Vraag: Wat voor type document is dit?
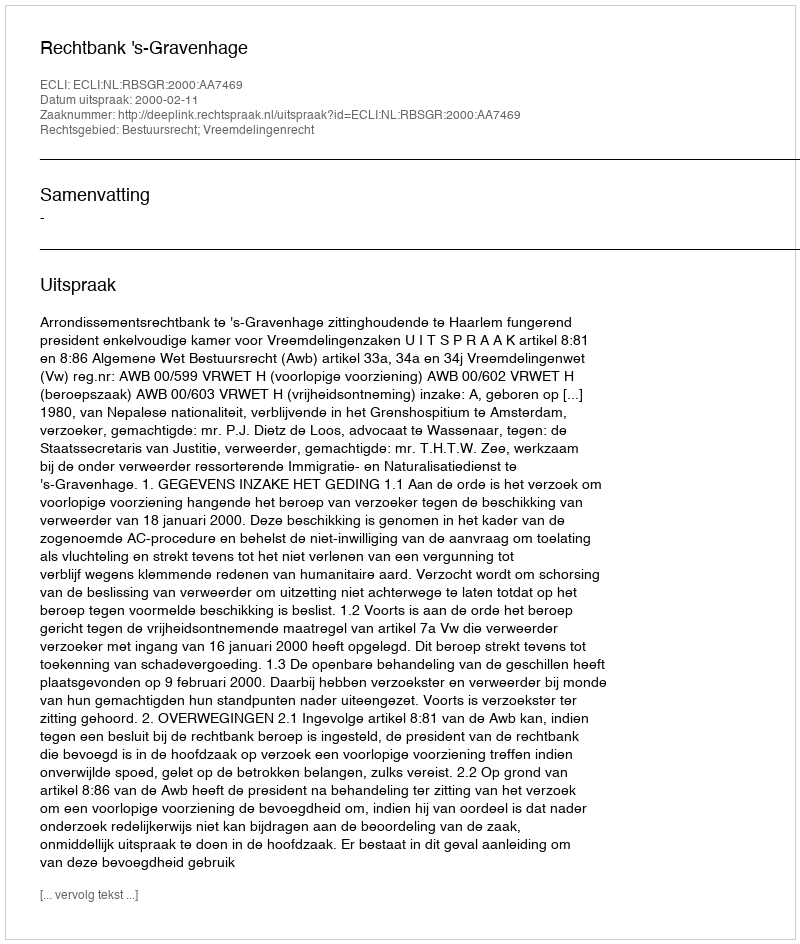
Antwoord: Uitspraak